Document type: Grant
Year: 1403
Scribe: Berenguer Pedrosell
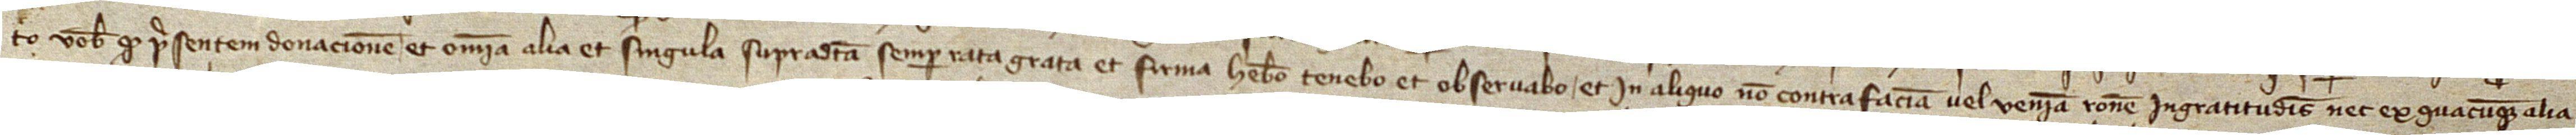
to vobis quod presentem donacionem et omnia alia et singula supradicta semper rata, grata et firma habebo, tenebo et observabo et in aliquo non contrafaciam vel veniam racione ingratitudinis nec ex quacumque alia